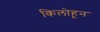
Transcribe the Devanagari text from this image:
किलोहून